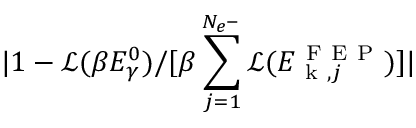
\lvert 1 - \mathcal { L } ( \beta E _ { \gamma } ^ { 0 } ) / [ \beta \sum _ { j = 1 } ^ { N _ { e ^ { - } } } \mathcal { L } ( E _ { \mathrm { ~ k ~ } , j } ^ { \mathrm { ~ F ~ E ~ P ~ } } ) ] \rvert